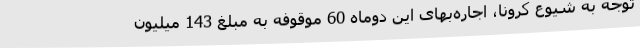
توجه به شیوع کرونا، اجاره‌بهای این دوماه 60 موقوفه به مبلغ 143 میلیون